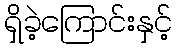
ရှိခဲ့ကြောင်းနှင့်